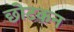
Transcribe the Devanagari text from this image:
छोटकन